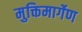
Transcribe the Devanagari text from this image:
मुक्तिमार्गेण